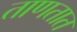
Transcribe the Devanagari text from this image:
ताणतात